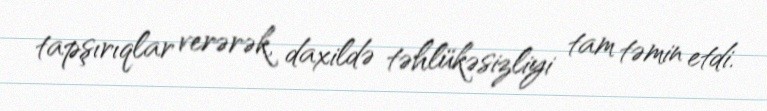
tapşırıqlar verərək, daxildə təhlükəsizliyi tam təmin etdi.